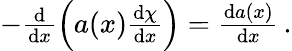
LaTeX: \begin{array}{r}{-\frac{\mathrm{d}}{\mathrm{d}x}\left(a(x)\frac{\mathrm{d}\chi}{\mathrm{d}x}\right)=\frac{\mathrm{d}a(x)}{\mathrm{d}x}\, .}\end{array}